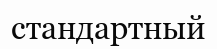
стандартный